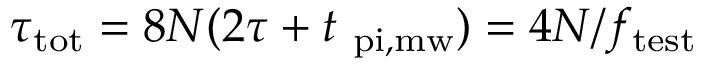
\tau _ { \mathrm { t o t } } = 8 N ( 2 \tau + t _ { \mathrm { \ p i , m w } } ) = 4 N / f _ { \mathrm { t e s t } }